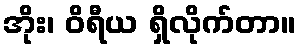
အိုး၊ ဝိရီယ ရှိလိုက်တာ။